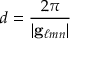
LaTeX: d = { \frac { 2 \pi } { | \mathbf { g } _ { \ell m n } | } }